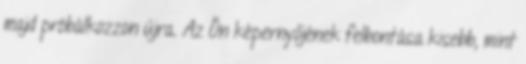
majd próbálkozzon újra. Az Ön képernyőjének felbontása kisebb, mint